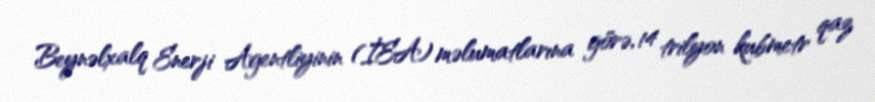
Beynəlxalq Enerji Agentliyinin (İEA) məlumatlarına görə, 14 trilyon kubmetr qaz